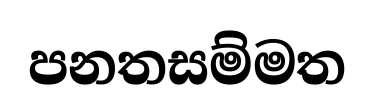
පනතසම්මත